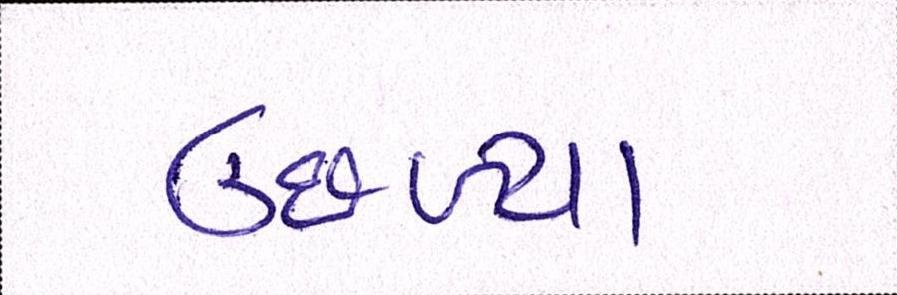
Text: ઉછળ્યા